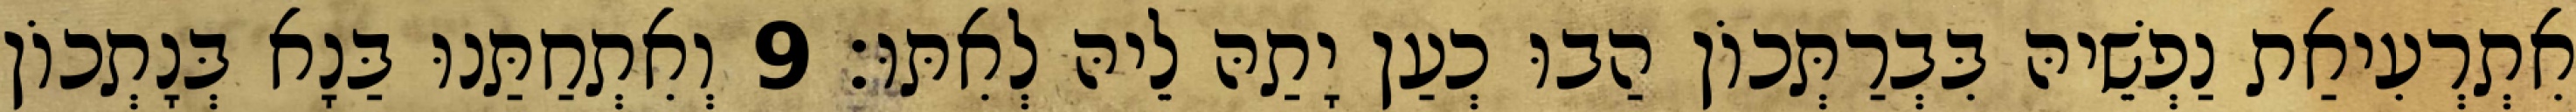
אִתְרְעִיאַת נַפְשֵׁיהּ בִּבְרַתְּכוֹן הַבוּ כְעַן יָתַהּ לֵיהּ לְאִתּוּ׃ 9 וְאִתְחַתַּנוּ בַּנָא בְּנָתְכוֹן